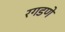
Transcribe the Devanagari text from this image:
रगडणे